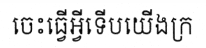
ចេះធ្វើអ្វីទើបយើងក្រ